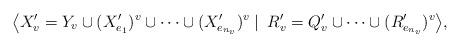
LaTeX: \begin{align*} \big\langle X'_v=Y_v\cup (X'_{e_1})^v \cup \cdots \cup (X'_{e_{n_v}})^v \left. \right | \ R'_v=Q'_v \cup \cdots \cup (R_{e_{n_v}}')^v \big\rangle, \end{align*}